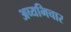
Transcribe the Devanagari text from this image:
अव्यभिचार